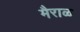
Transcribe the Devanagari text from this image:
मैराळ